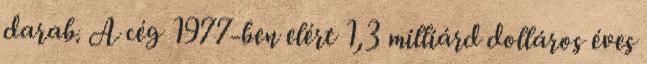
darab. A cég 1977-ben elért 1,3 milliárd dolláros éves